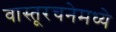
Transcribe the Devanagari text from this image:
वास्तूरचनेमध्ये